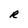
Character: R